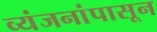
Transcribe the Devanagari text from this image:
व्यंजनांपासून